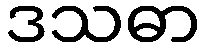
ဒသဓာ